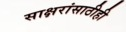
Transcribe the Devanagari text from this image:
साक्षरांसाठीही